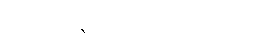
မစားဘဲရှောင်ကြဉ်သင့်ပါတယ်။